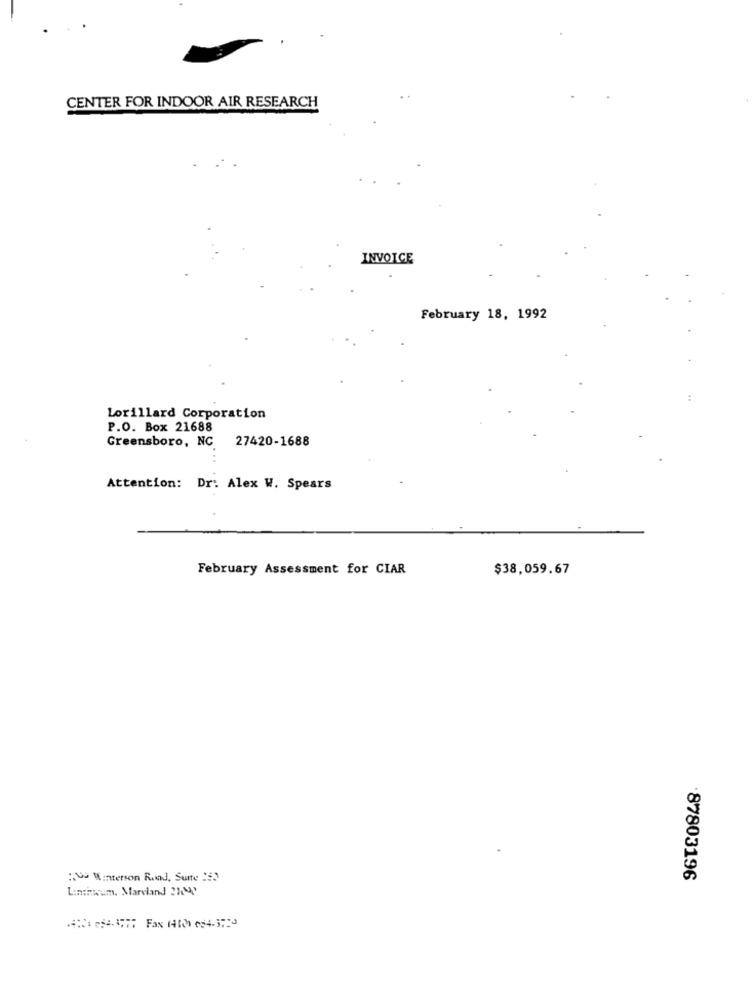
CENTER FOR INDOOR AIR RESEARCH
INVOICE
February 18, 1992
Lorillard Corporation
P.O. Box 21688
27420-1688
Greensboro, NC
Attention: Dr: Alex W. Spears
February Assessment for CIAR
$38,059.67
: Winterson Road, Suite :)
87803196
Linhaum, Maryland 2104